Lunatic asylums Punjab 1895-1910 - 1895-1910
Year: 1895
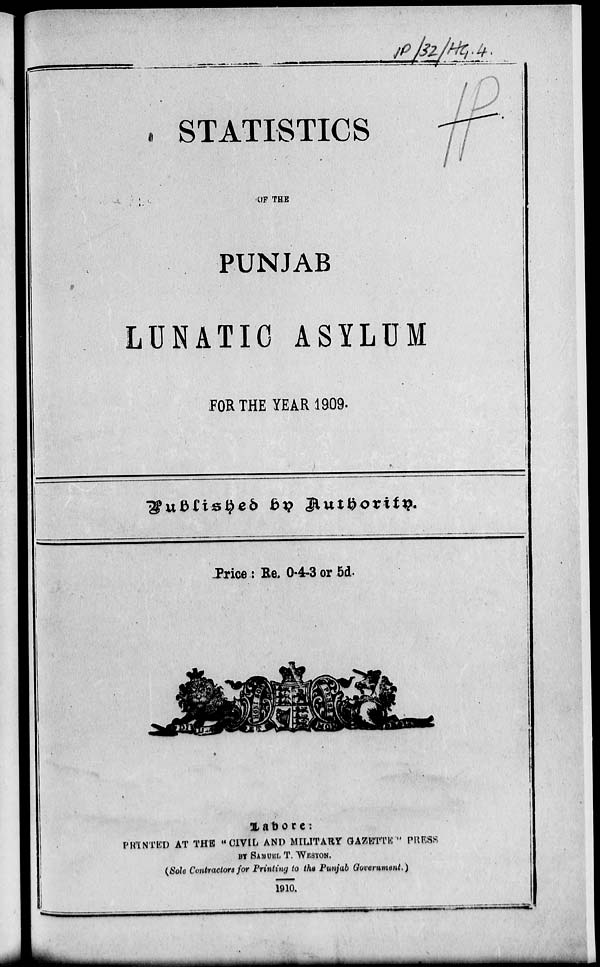
STATISTICS
OF THE
PUNJAB
LUNATIC ASYLUM
FOR THE YEAR 1909.
Publisheb by Authority.
Price : Re. 0-4-3 or 5d.
Lahore :
PRINTED AT THE " CIVIL AND MILITARY GAZETTE " PRESS
BY SAMUEL T. WESTON.
(Sole Contractor for Printing to the Punjab Government.)
1910.